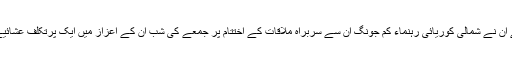
اُردونیٹ پوڈکاسٹ 12 شعبان 1439ھ) جنوبی کوریا کے صدر مُن جے اُن نے شمالی کوریائی رہنماء کِم جونگ اُن سے سربراہ ملاقات کے اختتام پر جمعے کی شب اُن کے اعزاز میں ایک پُرتکلف عشائیے کا اہتمام کیا جس میں کِم کی اہلیہ اور چھوٹی بہن نے بھی شرکت کی۔